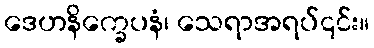
ဒေဟနိက္ခေပနံ၊ သေရာအရပ်၎င်း။